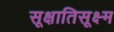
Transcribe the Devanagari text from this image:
सूक्षातिसूक्ष्म